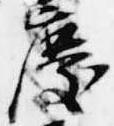
慶